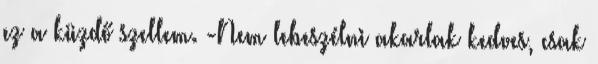
ez a küzdő szellem. -Nem lebeszélni akarlak kedves, csak